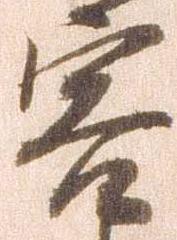
害